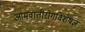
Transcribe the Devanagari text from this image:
आमवातीरोगविशेषज्ञ